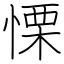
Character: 慄